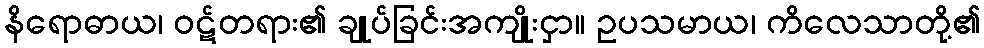
နိရောဓာယ၊ ဝဋ်တရား၏ ချုပ်ခြင်းအကျိုးငှာ။ ဥပသမာယ၊ ကိလေသာတို့၏